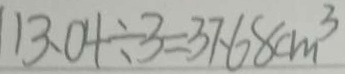
1 1 3 . 0 4 \div 3 = 3 7 . 6 8 c m ^ { 3 }